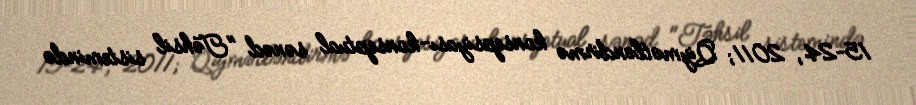
15–24, 2011; Qiymətləndirmə konsepsiyası-konseptual sənəd "Təhsil sistemində